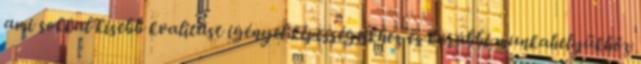
ami sokkal kisebb kvalitást igényel képességeikhez és korábbi munkahelyükhöz